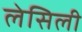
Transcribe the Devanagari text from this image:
लेसिली